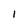
Character: 1